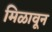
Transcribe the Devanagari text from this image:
मिळावून